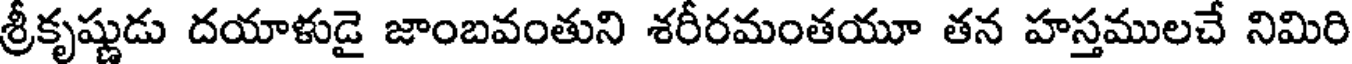
శ్రీకృష్ణుడు దయాళుడై జాంబవంతుని శరీరమంతయూ తన హస్తములచే నిమిరి